Vaccination in Burma 1889-1999 - 1889-1999
Year: 1889
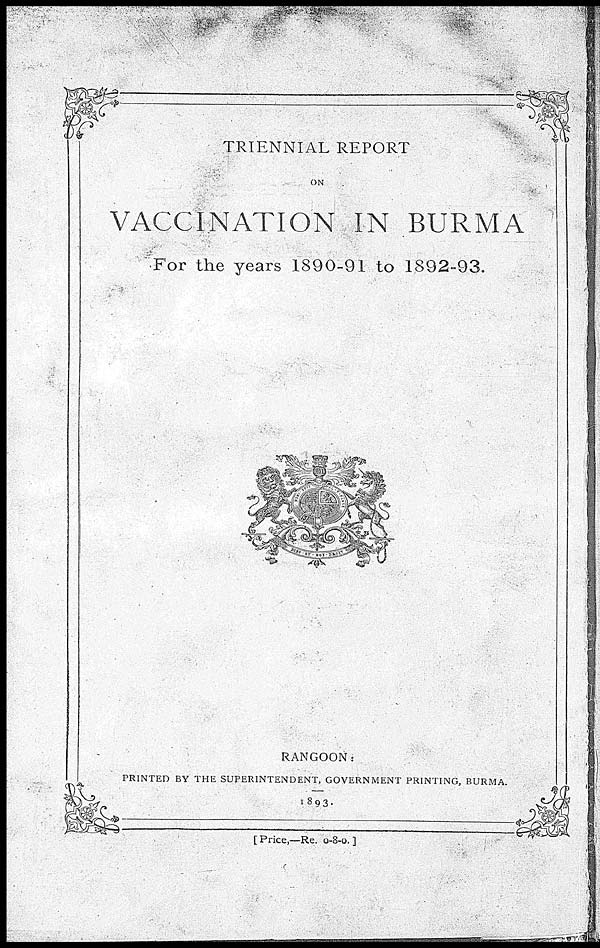
TRIENNIAL REPORT
ON
VACCINATION IN BURMA
For the years 1890-91 to 1892-93.
RANGOON:
PRINTED BY THE SUPERINTENDENT, GOVERNMENT PRINTING, BURMA.
1803.
[ Price,—Re. 0-8-0.]